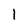
Character: 1